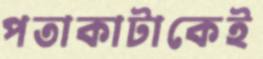
পতাকাটাকেই